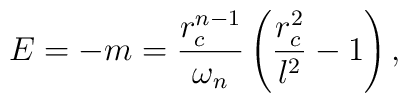
E=-m =\frac{r_c^{n-1}}{\omega_n}\left(\frac{r_c^2}{l^2}-1\right),